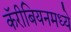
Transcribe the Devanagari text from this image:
कॅरीबियनमध्ये